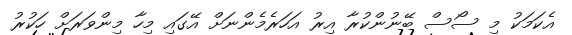
އެކަމަކު މި ސޯސް ބޭނުންކުރާ އިރު އަހަރެމެންނަށް އޭގައި މިހާ މިންވަރަށް ހަކުރު